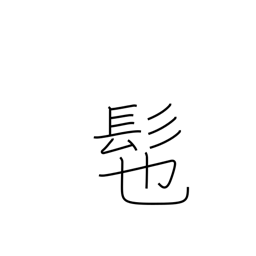
Meaning: wig